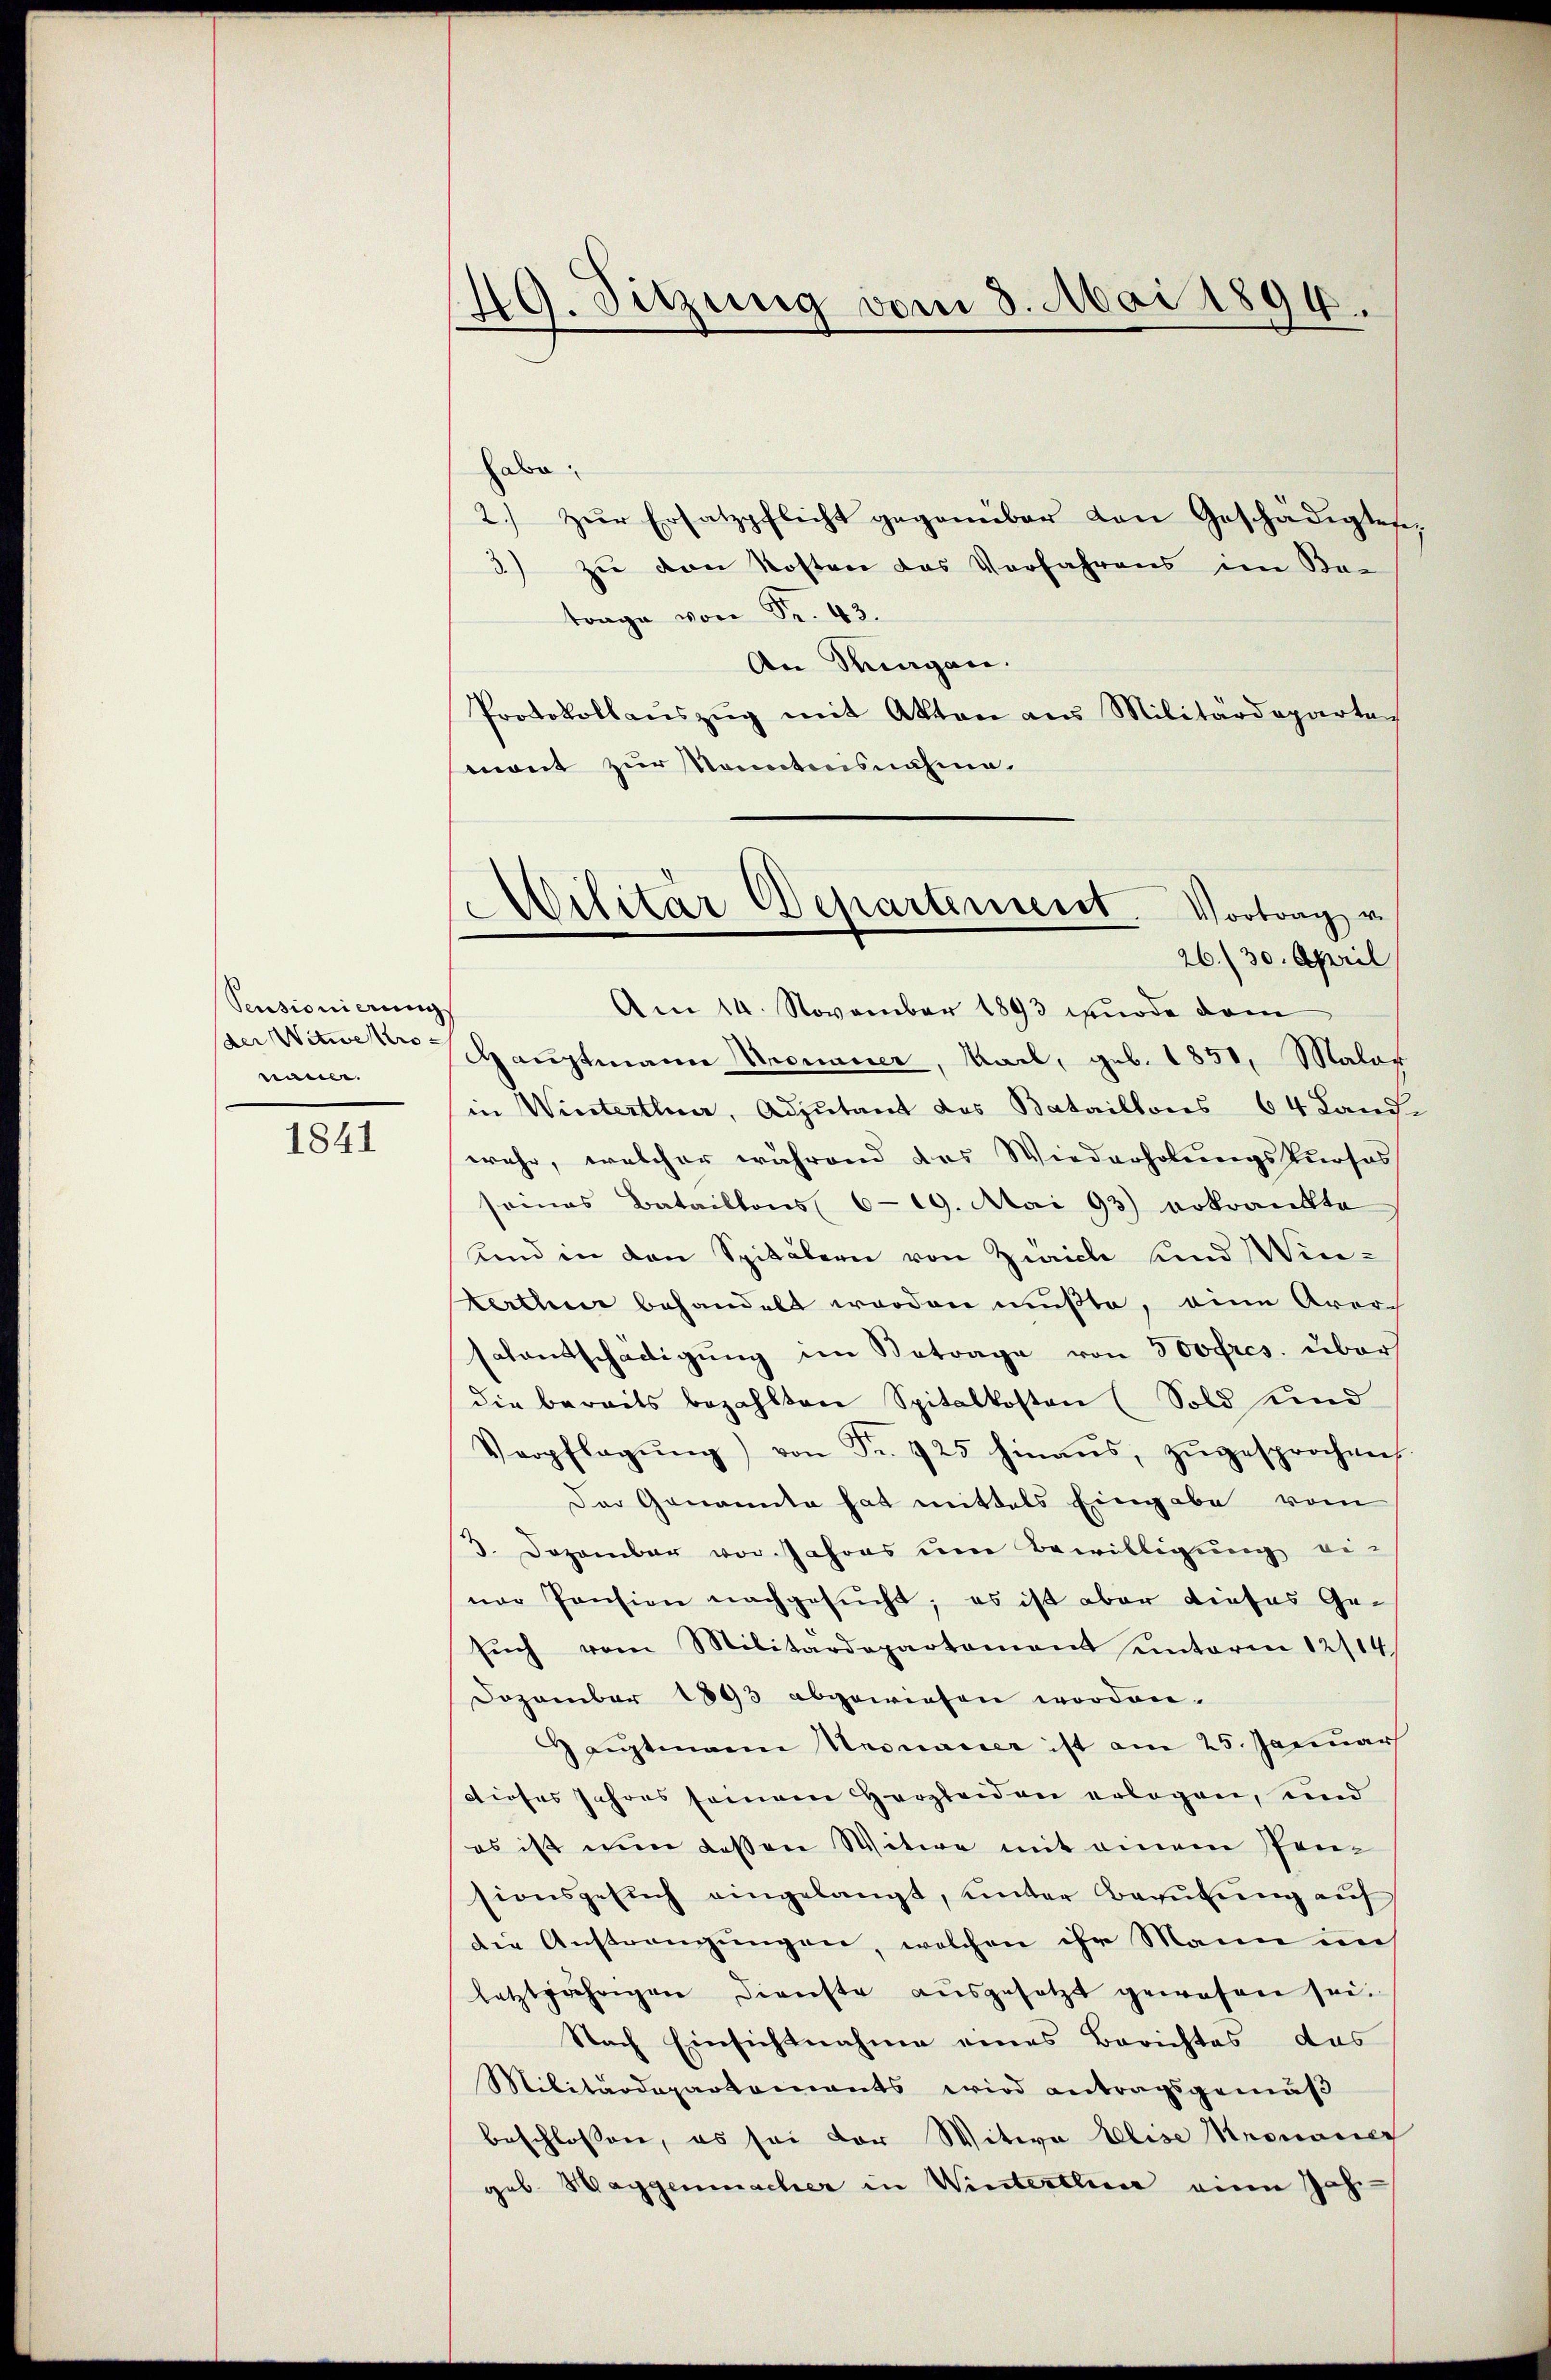
Pensionierung
der Witwe Kronäme.

1841

49. Sitzung vom 3. Mai 1894.

Militar Departement. Vortrag v.
26./30. April

abe.
2.) Zur Ersatzpflicht gegenüber von Geschädigtes
) zu von Kosten das Verfahrens im Be-
trage von Fr. 43.
An Tagen.
Protokollaŭszŭg mit Akten aus Militärdeparte
mont zur konntensnahme.
Am 14. November 1893 wurde dam
Hauptmann Kronauer, Mail, geb. 1851, Malaf
in Winterthur, Adjutant des Bataillons 64 Land
wehr, welcher während das Wiederholungskurses
seines Bataillons 619. Mai 93) erkrankte
Und in den Spitälern von Zürich und Winterthur behandelt werden mußte, eine Arer-
salentschädigung im Betrage von 300fres. über
die bereits bezahlten Spitalkosten (Sold und
Verpflegŭng von Fr. 725 hinaus, zŭgesprochen.
Der Genannte hat mittels Eingabe vom
3. Dezember vor Jahres um Bewilligung ei-
ner Pension nachgesucht; es ist aber dieses Ge-
sŭch vom Militärdepartement unterm 12114
Dozamber 1893 abgewiesen worden.
Hauptmann Knonauer ist am 25. Januar
dieses Jahres seien Herzleiden erlegen, und
es ist nun dessen Witwe mit einem Pensionsgesŭch eingelangt, ŭnter Begŭtŭng auf
die Austrengungen, welchen ihr Mann im
letztjährigen Dienste aŭsgesetzt gewesen sei.
Nach Einsichtnahme eines Berichtes das
Militärdepartements wird antragsgemäβ
beschlossen, es sei der Witwe Elise Menoner
geb. Haggenmacher in Winterthur eine Jahr-